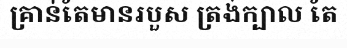
គ្រាន់តែមានរបួស ត្រង់ក្បាល តែ